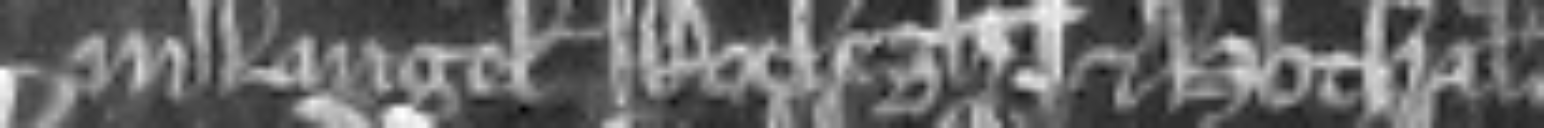
in Langel Roclegh et Hothal